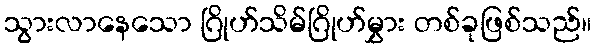
သွားလာနေသော ဂြိုဟ်သိမ်ဂြိုဟ်မွှား တစ်ခုဖြစ်သည်။